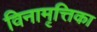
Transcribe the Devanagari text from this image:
विनामृत्तिका